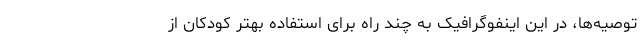
توصیه‌ها، در این اینفوگرافیک به چند راه برای استفاده بهتر کودکان از